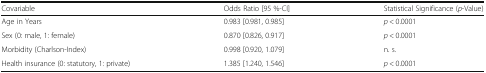
<table><thead><tr><td><b>Covariable</b></td><td><b>Odds Ratio [95 %-CI]</b></td><td><b>Statistical Significance (<i>p</i>-Value)</b></td></tr></thead><tbody><tr><td>Age in Years</td><td>0.983 [0.981, 0.985]</td><td><i>p</i> &lt; 0.0001</td></tr><tr><td>Sex (0: male, 1: female)</td><td>0.870 [0.826, 0.917]</td><td><i>p</i> &lt; 0.0001</td></tr><tr><td>Morbidity (Charlson-Index)</td><td>0.998 [0.920, 1.079]</td><td>n. s.</td></tr><tr><td>Health insurance (0: statutory, 1: private)</td><td>1.385 [1.240, 1.546]</td><td><i>p</i> &lt; 0.0001</td></tr></tbody></table>